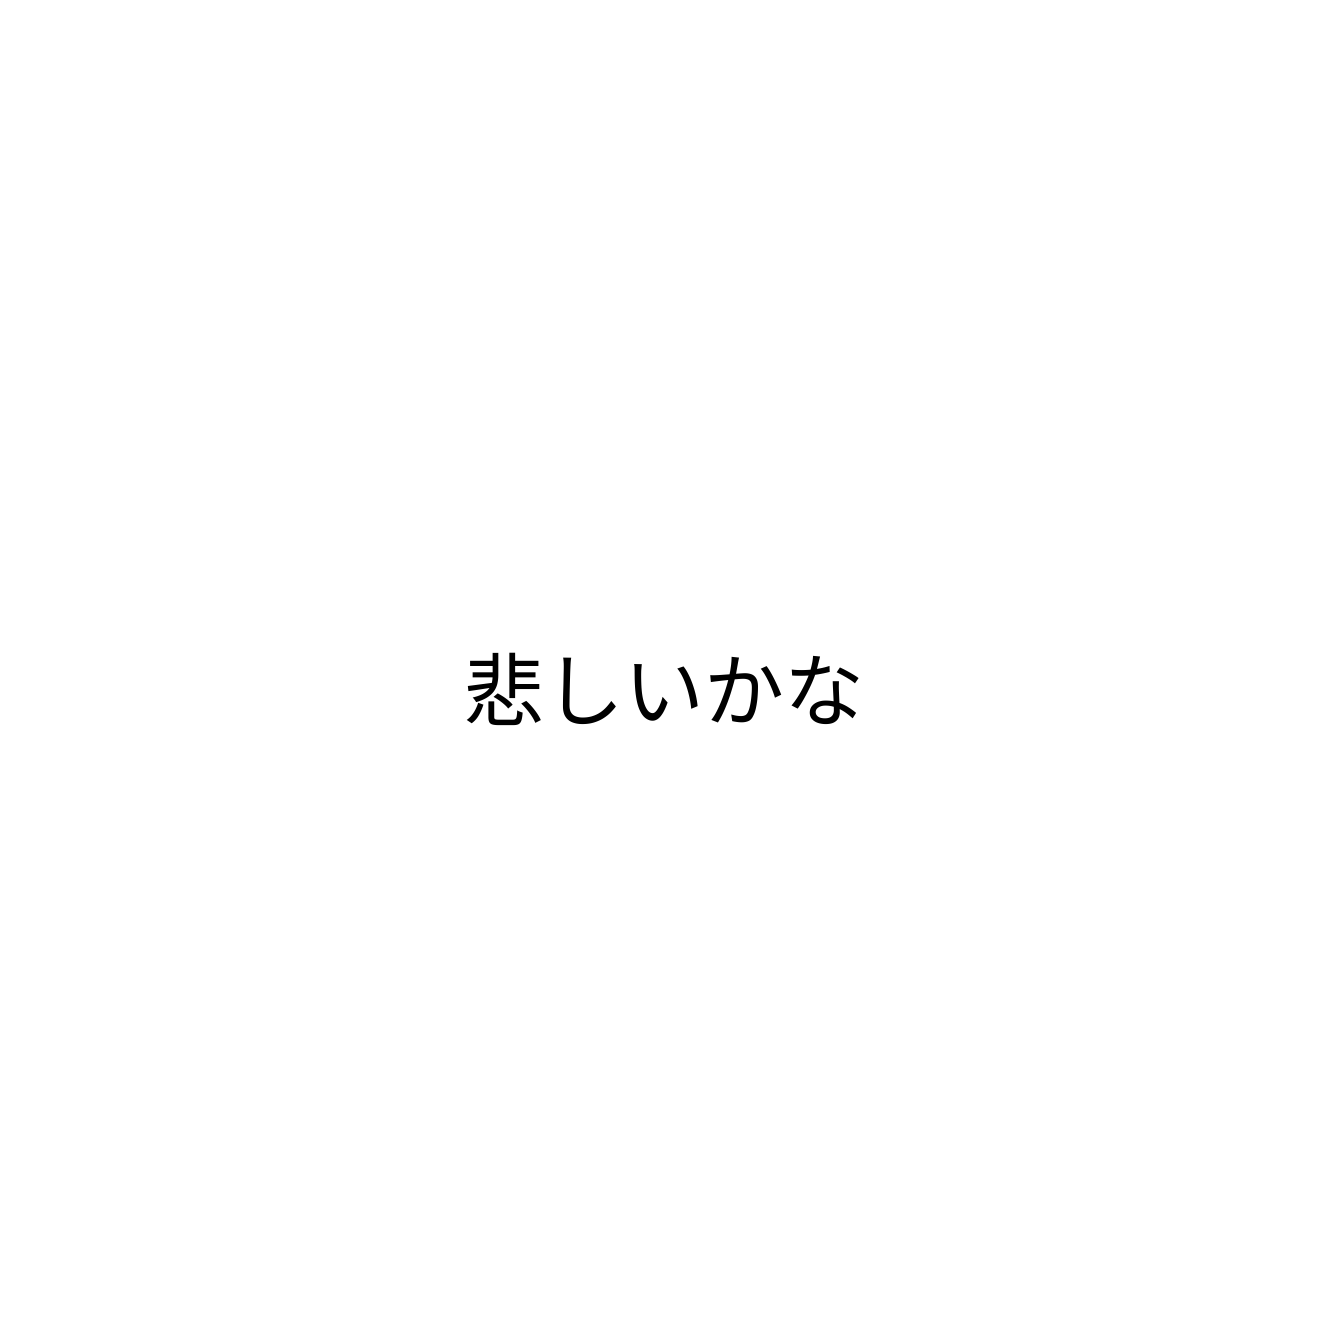
悲しいかな